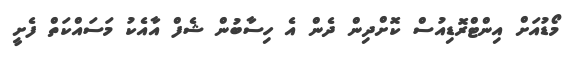
މޯޑުއަށް އިންޓްރޮޑިއުސް ކޮށްދިން ދެން އެ ހިސާބުން ޝެފް އާއެކު މަސައްކަތް ފެށީ